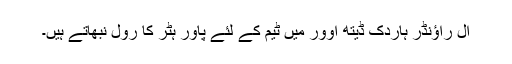
آل راؤنڈر ہاردک ڈیتھ اوور میں ٹیم کے لئے پاور ہٹر کا رول نبھاتے ہیں۔